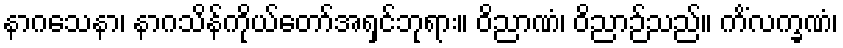
နာဂသေနာ၊ နာဂသိန်ကိုယ်တော်အရှင်ဘုရား။ ဝိညာဏံ၊ ဝိညာဉ်သည်။ ကိံလက္ခဏံ၊